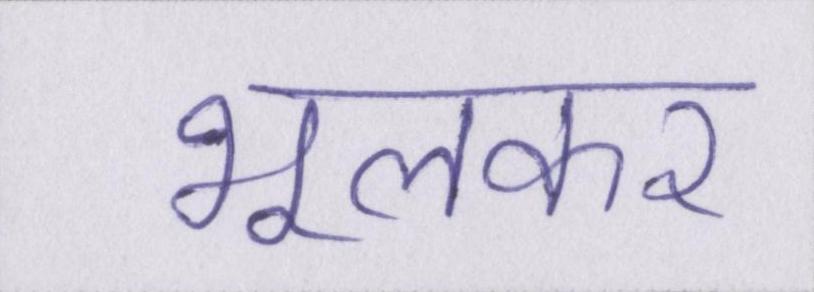
भूलकर